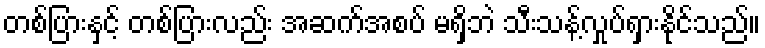
တစ်ပြားနှင့် တစ်ပြားလည်း အဆက်အစပ် မရှိဘဲ သီးသန့်လှုပ်ရှားနိုင်သည်။